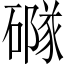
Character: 𥖐